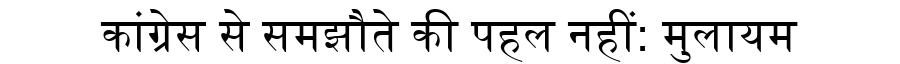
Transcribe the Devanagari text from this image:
कांग्रेस से समझौते की पहल नहीं: मुलायम